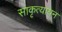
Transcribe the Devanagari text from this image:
साकृत्यायन